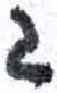
אות: ג